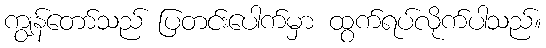
ကျွန်တော်သည် ပြတင်းပေါက်မှာ ထွက်ရပ်လိုက်ပါသည်။